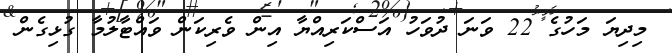
މިދިޔަ މަހުގެ 22 ވަނަ ދުވަހު އަސްކަރިއްޔާ އިން ވެރިކަން ވައްޓާލުމާ ގުޅިގެން